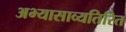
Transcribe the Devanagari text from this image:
अभ्यासाव्यतिरित